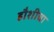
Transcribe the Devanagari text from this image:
हौशीचा